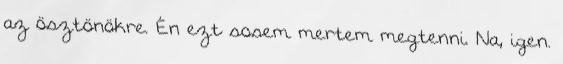
az ösztönökre. Én ezt sosem mertem megtenni. Na, igen.